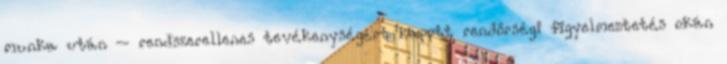
munka után – rendszerellenes tevékenységért kapott rendőrségi figyelmeztetés okán